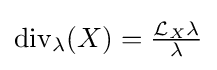
\textstyle {\rm {div}}_{\lambda }(X)={\frac {{\mathcal {L}}_{X}\lambda }{\lambda }}